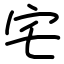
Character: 宅